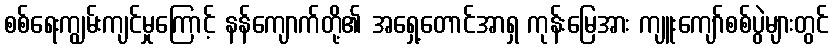
စစ်ရေးကျွမ်းကျင်မှုကြောင့် နန်ကျောက်တို့၏ အရှေ့တောင်အာရှ ကုန်းမြေအား ကျူးကျော်စစ်ပွဲများတွင်